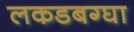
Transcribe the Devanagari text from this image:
लकडबग्घा